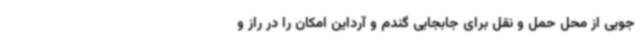
جویی از محل حمل و نقل برای جابجایی گندم و آرداین امکان را در راز و